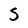
Character: S